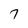
Character: 7